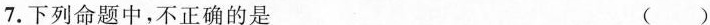
7.下列命题中，不正确的是 ()